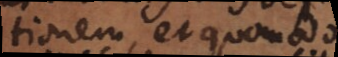
tionem, et quomodo